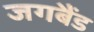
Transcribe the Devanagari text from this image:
जगबैंड